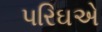
પરિઘએ